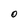
Character: O